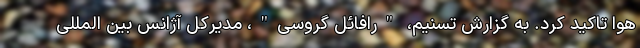
هوا تاکید کرد. به گزارش تسنیم، "رافائل گروسی"، مدیرکل آژانس بین المللی